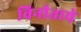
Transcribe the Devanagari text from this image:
विनीताचे